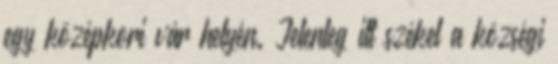
egy középkori vár helyén. Jelenleg itt székel a községi